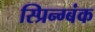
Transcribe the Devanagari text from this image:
स्प्रिन्ग्बंक